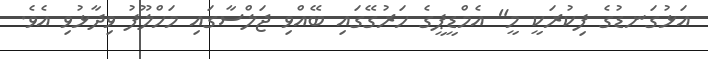
އަޅުގަނޑުގެ ފިކުރަކީ މީ" އެމްޑީޕީގެ ހަރުގޭގައި ބޭއްވި ޖަލްސާގައި މަހްލޫފު ވިދާޅުވި އެވެ.